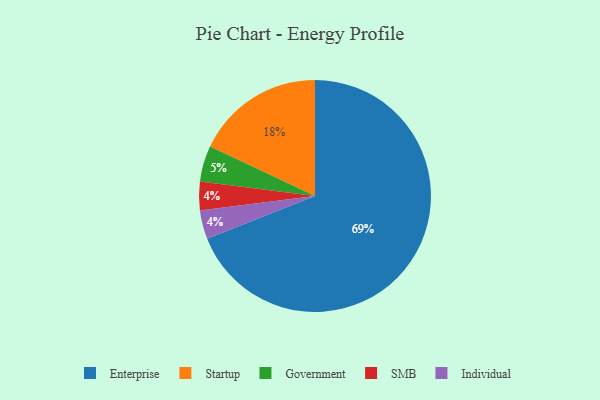
{"axis": {"x": "Category", "y": "Percentage"}, "legend": ["Enterprise", "Government", "Individual", "SMB", "Startup"], "data": [{"x": "Government", "y": 5, "type": "Government"}, {"x": "SMB", "y": 4, "type": "SMB"}, {"x": "Enterprise", "y": 69, "type": "Enterprise"}, {"x": "Startup", "y": 18, "type": "Startup"}, {"x": "Individual", "y": 4, "type": "Individual"}]}